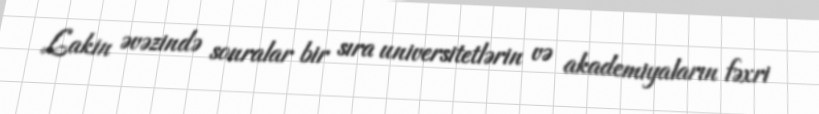
Lakin əvəzində sonralar bir sıra universitetlərin və akademiyaların fəxri